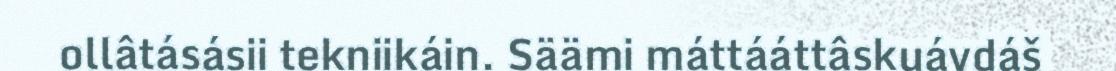
ollâtásásii tekniikáin. Säämi máttááttâskuávdáš